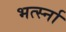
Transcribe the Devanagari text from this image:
भर्त्स्ना